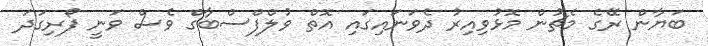
ބަޔާން ރޭގެ މެޗުން މޮޅުވިއިރު ދެވަނައިގައި އޮތް ވުލްފްސްބާގް ވެސް ވަނީ ފޯރިގަދަ